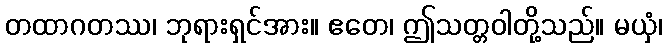
တထာဂတဿ၊ ဘုရားရှင်အား။ ဧတေ၊ ဤသတ္တဝါတို့သည်။ မယှံ၊